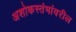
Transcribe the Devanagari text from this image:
अशोकस्तंभांवरील